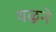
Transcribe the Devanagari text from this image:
थळुने